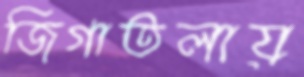
জিগাতলায়